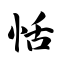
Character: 恬